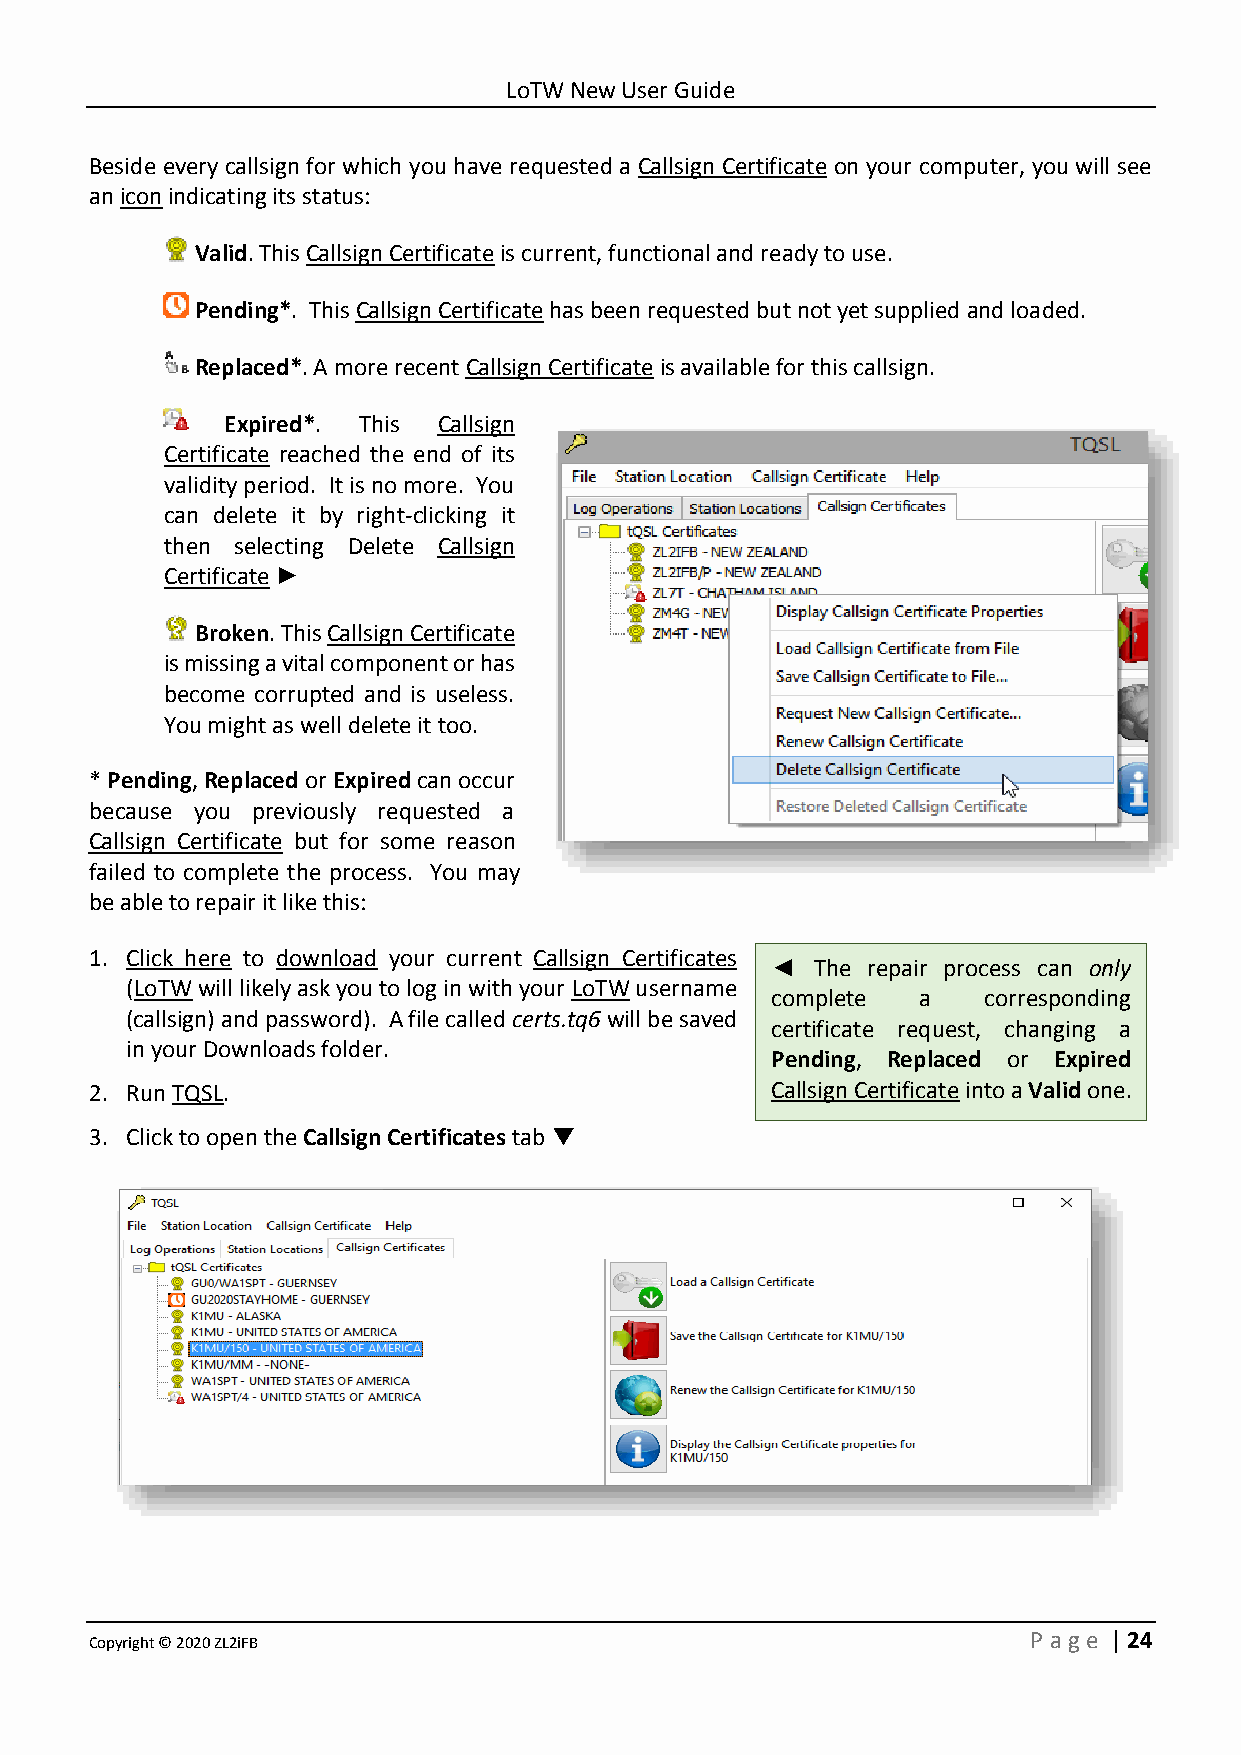
LoTW New User Guide
 Beside every callsign for which you have requested a Callsign Certificate on your computer, you will see
 an icon indicating its status:
 Valid. This Callsign Certificate is current, functional and ready to use.
 Pending*. This Callsign Certificate has been requested but not yet supplied and loaded.
 Replaced*. A more recent Callsign Certificate is available for this callsign.
 Expired*. This Callsign
 Certificate reached the end of its
 validity period. It is no more. You
 can delete it by right-clicking it
 then selecting Delete Callsign
 Certificate ►
 Broken. This Callsign Certificate
 is missing a vital component or has
 become corrupted and is useless.
 You might as well delete it too.
 * Pending, Replaced or Expired can occur
 because you previously requested a
 Callsign Certificate but for some reason
 failed to complete the process. You may
 be able to repair it like this:
 1. Click here to download your current Callsign Certificates
 ◄  The repair process can only
 (LoTW will likely ask you to log in with your LoTW username
 complete  a   corresponding
 (callsign) and password). A file called certs.tq6 will be saved
 certificate request, changing a
 in your Downloads folder.
 Pending, Replaced or Expired
 2. Run TQSL.                                 Callsign Certificate into a Valid one.
 3. Click to open the Callsign Certificates tab ▼
 Copyright © 2020 ZL2iFB                                       P age | 24